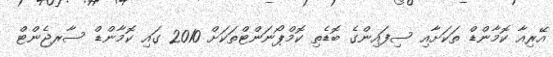
އޭރިއާ ކޮމާންޑް ތަކަށާއި ސިފައިންގެ ބޮޑެތި ކޮމްޕޯނަންޓްތަކަށް 2010 ގައި ކޮމާންޑް ސާރޖެންޓް